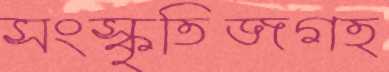
সংস্কৃতিজগত্